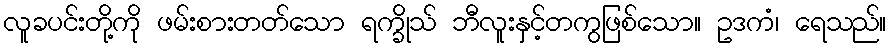
လူခပင်းတို့ကို ဖမ်းစားတတ်သော ရက္ခိုသ် ဘီလူးနှင့်တကွဖြစ်သော။ ဥဒကံ၊ ရေသည်။